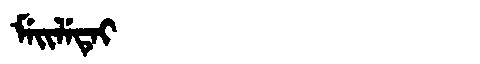
Manchu: ᠮᡝᡳᠯᡝᡨᡝᡳ
Romanization: MEILETEI